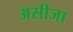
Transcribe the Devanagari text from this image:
असीजा